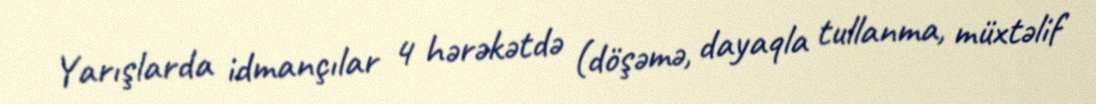
Yarışlarda idmançılar 4 hərəkətdə (döşəmə, dayaqla tullanma, müxtəlif